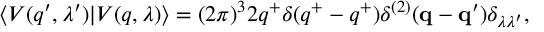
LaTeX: \langle V ( q ^ { \prime } , \lambda ^ { \prime } ) | V ( q , \lambda ) \rangle = ( 2 \pi ) ^ { 3 } 2 q ^ { + } \delta ( q ^ { + } - q ^ { + } ) \delta ^ { ( 2 ) } ( { \bf q } - { \bf q ^ { \prime } } ) \delta _ { \lambda \lambda ^ { \prime } } ,